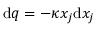
\mathrm { d } q = - \kappa x _ { j } \mathrm { d } x _ { j }